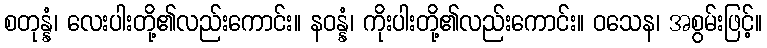
စတုန္နံ၊ လေးပါးတို့၏လည်းကောင်း။ နဝန္နံ၊ ကိုးပါးတို့၏လည်းကောင်း။ ဝသေန၊ အစွမ်းဖြင့်။